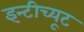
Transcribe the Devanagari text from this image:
इन्टीच्यूट